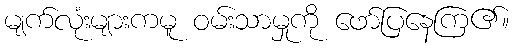
မျက်လုံးများကမူ ဝမ်းသာမှုကို ဖော်ပြနေကြ၏။